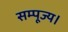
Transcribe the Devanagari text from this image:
सम्पूज्य।